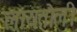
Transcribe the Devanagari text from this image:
लायतोली